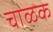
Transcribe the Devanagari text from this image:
चाळक